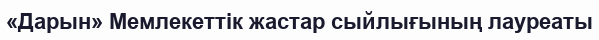
«Дарын» Мемлекеттік жастар сыйлығының лауреаты